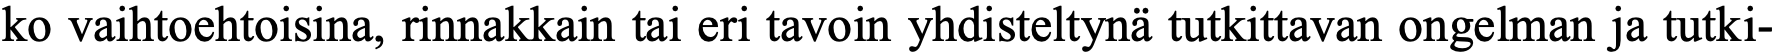
ko vaihtoehtoisina, rinnakkain tai eri tavoin yhdisteltynä tutkittavan ongelman ja tutki-